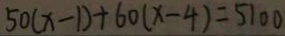
5 0 ( x - 1 ) + 6 0 ( x - 4 ) = 5 1 0 0